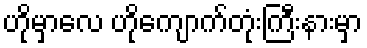
ဟိုမှာလေ ဟိုကျောက်တုံးကြီးနားမှာ